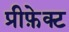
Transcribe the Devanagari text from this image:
प्रीफ़ेक्ट